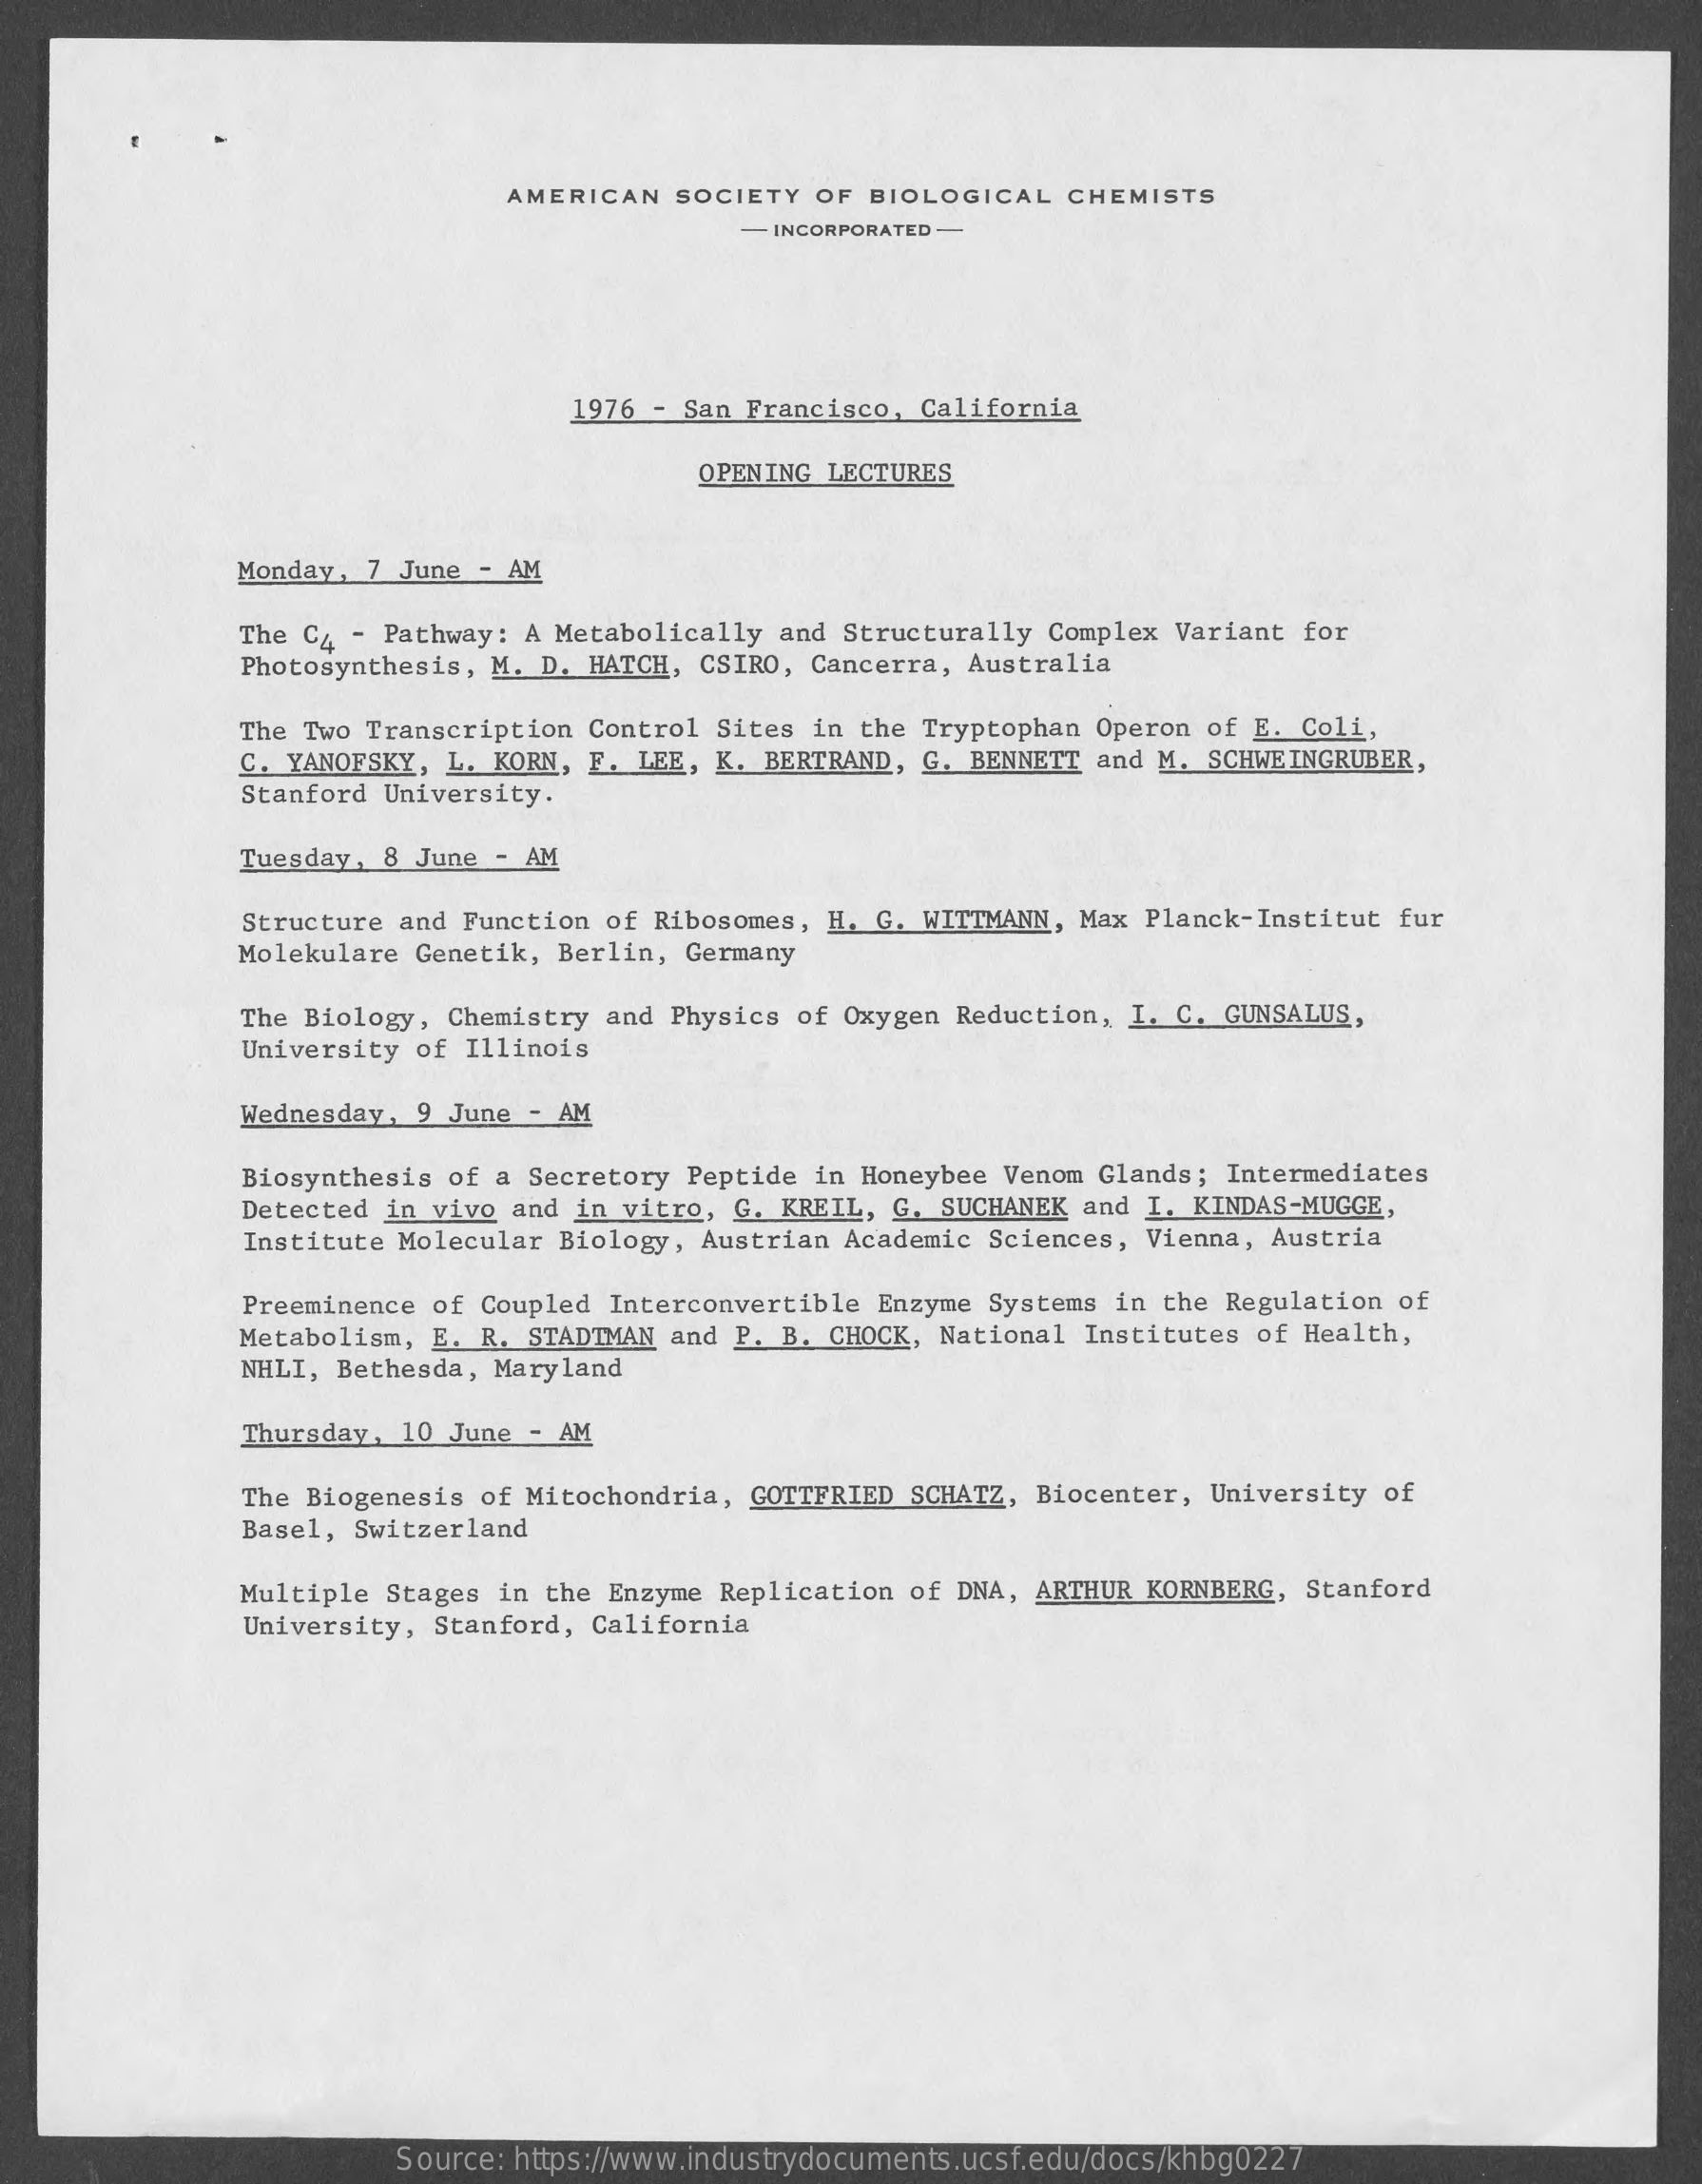
AMERICAN SOCIETY OF BIOLOGICAL CHEMISTS
     - INCORPORATED
     1976 - San Francisco, California
     OPENING LECTURES
     Monday, 7 June - AM
     The C4 - Pathway: A Metabolically and Structurally Complex Variant for
     Photosynthesis, M. D. HATCH, CSIRO, Cancerra, Australia
     The Two Transcription Control Sites in the Tryptophan Operon of E. Coli,
     C. YANOFSKY, L. KORN, F. LEE, K. BERTRAND, G. BENNETT and M. SCHWEINGRUBER,
     Stanford University.
     Tuesday, 8 June - AM
     Structure and Function of Ribosomes, H. G. WITTMANN, Max Planck-Institut fur
     Molekulare Genetik, Berlin, Germany
     The Biology, Chemistry and Physics of Oxygen Reduction, I. C. GUNSALUS,
     University of Illinois
     Wednesday, 9 June - AM
     Biosynthesis of a Secretory Peptide in Honeybee Venom Glands; Intermediates
     Detected in vivo and in vitro, G. KREIL, G. SUCHANEK and I. KINDAS-MUGGE,
     Institute Molecular Biology, Austrian Academic Sciences, Vienna, Austria
     Preeminence of Coupled Interconvertible Enzyme Systems in the Regulation of
     Metabolism, E. R. STADTMAN and P. B. CHOCK, National Institutes of Health,
     NHLI, Bethesda, Maryland
     Thursday, 10 June - AM
     The Biogenesis of Mitochondria, GOTTFRIED SCHATZ, Biocenter, University of
     Basel, Switzerland
     Multiple Stages in the Enzyme Replication of DNA, ARTHUR KORNBERG, Stanford
     University, Stanford, California
     Source: https://www.industrydocuments.ucsf.edu/docs/khbg0227